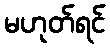
မဟုတ်ရင်